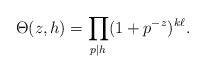
LaTeX: \begin{align*} \Theta(z,h) = \prod_{p \mid h} (1 + p^{-z})^{k \ell }.\end{align*}